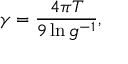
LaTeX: \gamma = \frac { 4 \pi T } { 9 \ln g ^ { - 1 } } ,